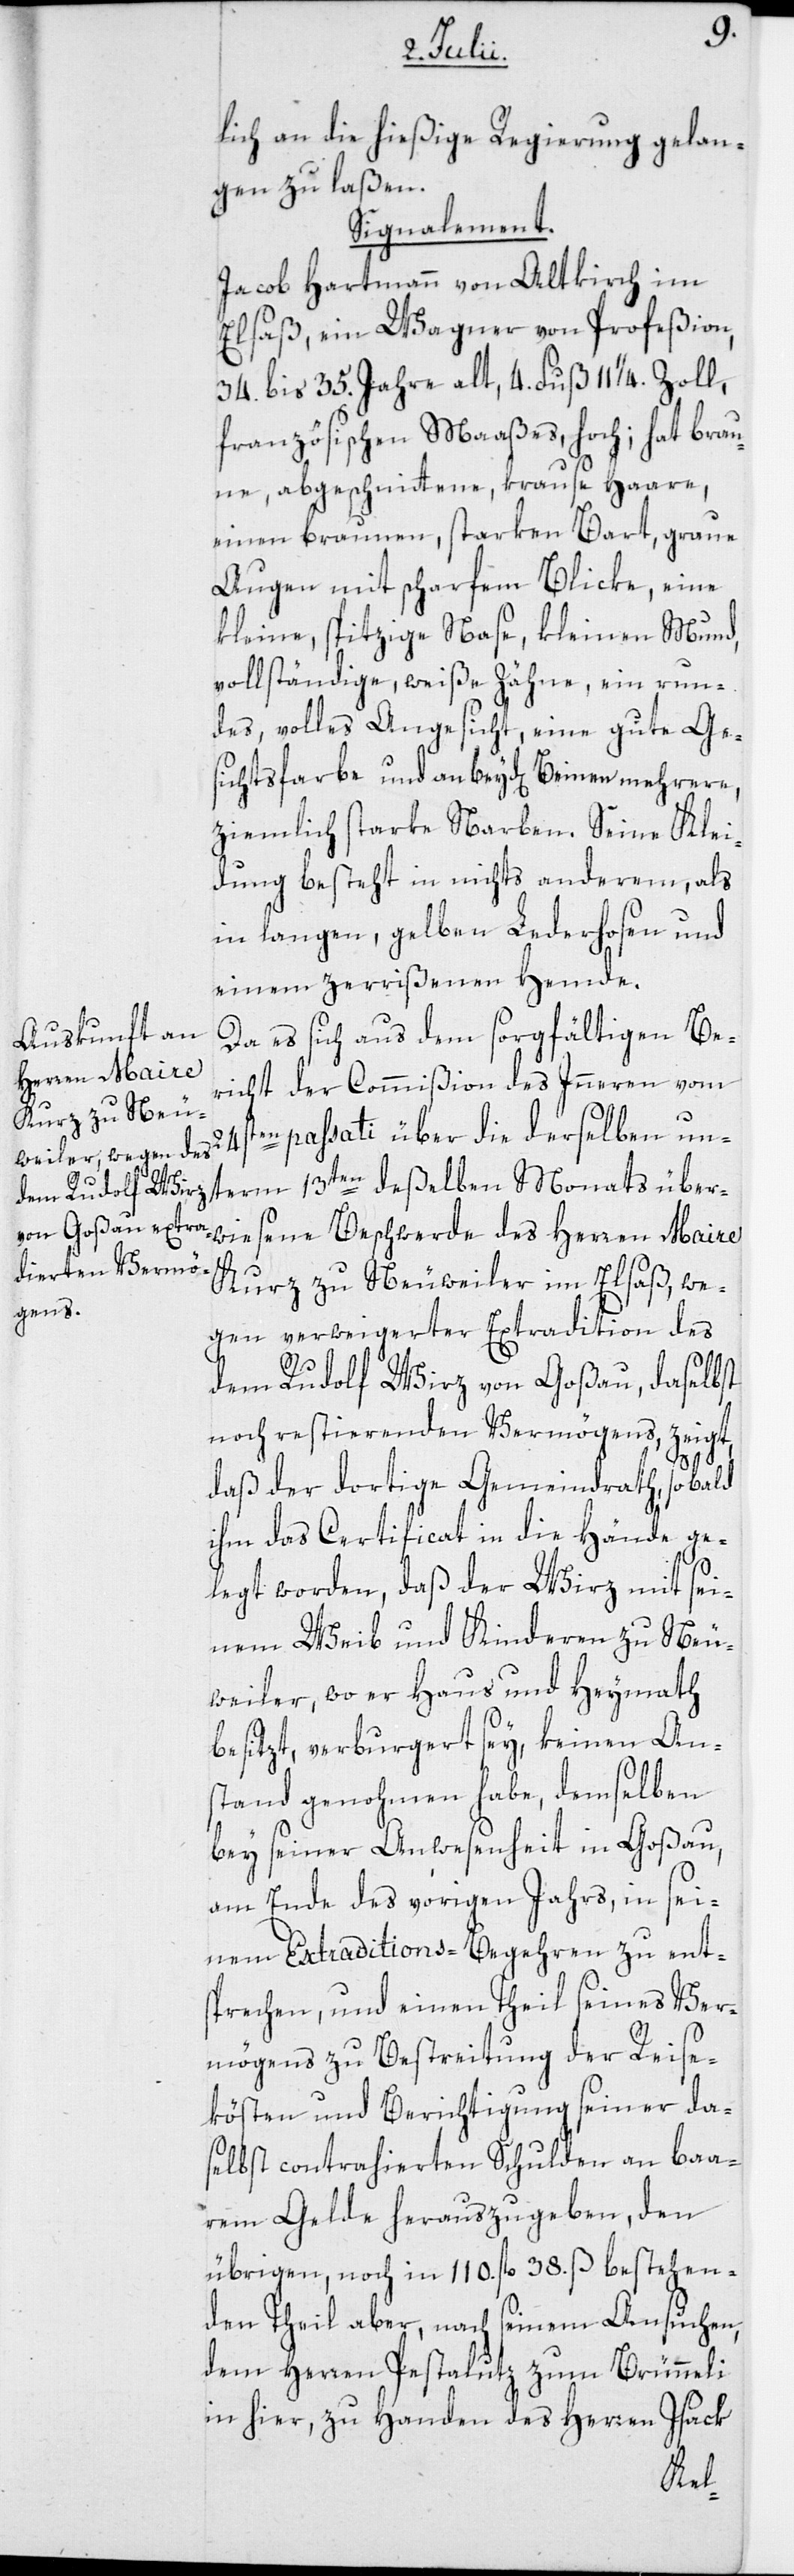
lich an die hießige Regierung gelan¬
gen zu laßen.
Signalement.
Jacob Hartmann von Altkirch im
Elsaß, ein Wagner von Profeßion,
34. bis 35. Jahre alt, 4. Fuß 11 1/4 Zoll,
französischen Maaßes, hoch; hat brau¬
ne, abgeschnittene, krause Haare,
einen braunen, starken Bart, graue
Augen mit scharfem Blicke, eine
kleine, spitzige Nase, kleinen Mund,
vollständige, weiße Zähne, ein run¬
des, volles Angesicht, eine gute Ges¬
ichtsfarbe und an beyd[en] Beinen mehrere,
ziemlich starke Narben. Seine Klei¬
dung besteht in nichts anderem, als
in langen, gelben Lederhosen und
einem zerrißenen Hemde.
Da es sich aus dem sorgfältigen Be¬
richt der Commißion des Inneren vom
24ten passati über die derselben un¬
wiesene Beschwerde des Herren Maire
Kurz zu Neuweiler im Elsaß, we¬
gen verweigerter Extradition des
dem Rudolf Wirz von Goßau, daselbst
noch restierenden Vermögens, zeigt,
daß der dortige Gemeindrath, so bald
ihm das Certificat in die Hände ge¬
legt worden, daß der Wirz mit sei¬
nem Weib und Kinderen zu Neu¬
weiler, wo er Haus und Heymath
besitzt, verburgert sey, keinen Ans¬
tand genohmen habe, demselben
bey seiner Anwesenheit in Goßau,
am Ende des vorigen Jahrs, in sei¬
nem Extraditions-Begehren zu ent¬
sprechen, und einen Theil seines Ver¬
mögens zu Bestreitung der Reise¬
kösten und Berichtigung seiner da¬
selbst contrahierten Schulden an baa¬
rem Gelde herauszugeben, den
übrigen, noch in 110. fl. 38. ß bestehen¬
den Theil aber, nach seinem Ansuchen,
dem Herren Pestalutz zum Brünneli
in hier, zu Handen des Herren Isack
über¬